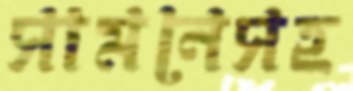
সামনেসহ